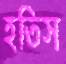
হতিস